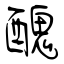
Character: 醜